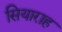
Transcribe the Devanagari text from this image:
सियाराह